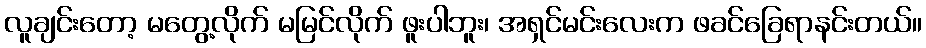
လူချင်းတော့ မတွေ့လိုက် မမြင်လိုက် ဖူးပါဘူး၊ အရှင်မင်းလေးက ဖခင်ခြေရာနင်းတယ်။